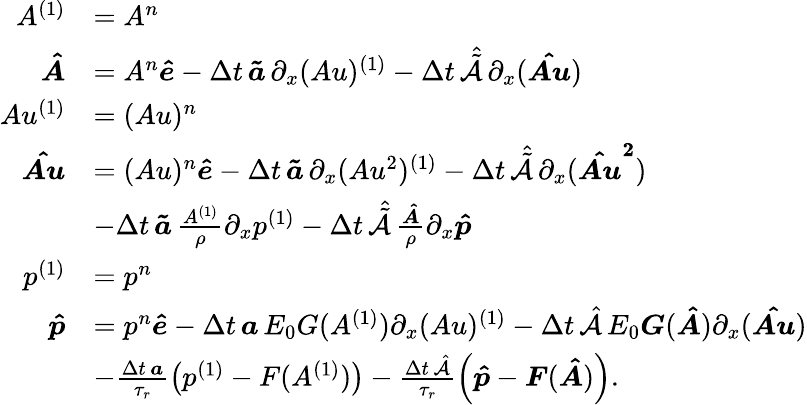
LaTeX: \begin{array}{rl}{A^{(1)}}&{=A^{n}}\\ {\boldsymbol{\hat{A}}}&{=A^{n}\boldsymbol{\hat{e}}-\Delta t\, \boldsymbol{\tilde{a}}\, \partial_{x}(Au)^{(1)}-\Delta t\, \hat{\tilde{\mathcal{A}}}\, \partial_{x}(\boldsymbol{\hat{Au}})}\\ {Au^{(1)}}&{=(Au)^{n}}\\ {\boldsymbol{\hat{Au}}}&{=(Au)^{n}\boldsymbol{\hat{e}}-\Delta t\, \boldsymbol{\tilde{a}}\, \partial_{x}(Au^{2})^{(1)}-\Delta t\, \hat{\tilde{\mathcal{A}}}\, \partial_{x}(\boldsymbol{\hat{Au}^{2}})}\\ &{-\Delta t\, \boldsymbol{\tilde{a}}\, \frac{A^{(1)}}{\rho}\partial_{x}p^{(1)}-\Delta t\, \hat{\tilde{\mathcal{A}}}\, \frac{\boldsymbol{\hat{A}}}{\rho}\partial_{x}\boldsymbol{\hat{p}}}\\ {p^{(1)}}&{=p^{n}}\\ {\boldsymbol{\hat{p}}}&{=p^{n}\boldsymbol{\hat{e}}-\Delta t\, \boldsymbol{a}\, E_{0}G(A^{(1)})\partial_{x}(Au)^{(1)}-\Delta t\, \hat{\mathcal{A}}\, E_{0}\boldsymbol{G}(\boldsymbol{\hat{A}})\partial_{x}(\boldsymbol{\hat{Au}})}\\ &{-\frac{\Delta t\, \boldsymbol{a}}{\tau_{r}}\left(p^{(1)}-F(A^{(1)})\right)-\frac{\Delta t\, \hat{\mathcal{A}}}{\tau_{r}}\left(\boldsymbol{\hat{p}}-\boldsymbol{F}(\boldsymbol{\hat{A}})\right).}\end{array}